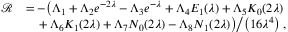
\begin{array} { r l } { \mathcal { R } } & { = - \big ( \Lambda _ { 1 } + \Lambda _ { 2 } e ^ { - 2 \lambda } - \Lambda _ { 3 } e ^ { - \lambda } + \Lambda _ { 4 } E _ { 1 } ( \lambda ) + \Lambda _ { 5 } K _ { 0 } ( 2 \lambda ) } \\ & { \quad \left. + \, \Lambda _ { 6 } K _ { 1 } ( 2 \lambda ) + \Lambda _ { 7 } N _ { 0 } ( 2 \lambda ) - \Lambda _ { 8 } N _ { 1 } ( 2 \lambda ) \big ) \middle / \left( 1 6 \lambda ^ { 4 } \right) \right. , } \end{array}